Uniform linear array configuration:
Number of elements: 8
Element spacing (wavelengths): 0.25
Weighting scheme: uniform
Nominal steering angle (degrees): -60
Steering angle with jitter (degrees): -61.818
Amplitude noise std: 0.05
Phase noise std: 0.05

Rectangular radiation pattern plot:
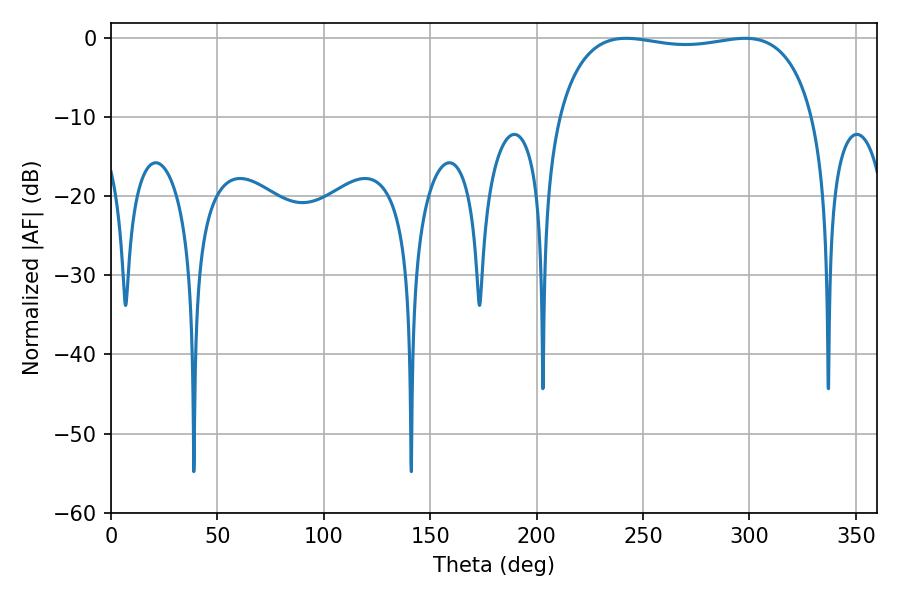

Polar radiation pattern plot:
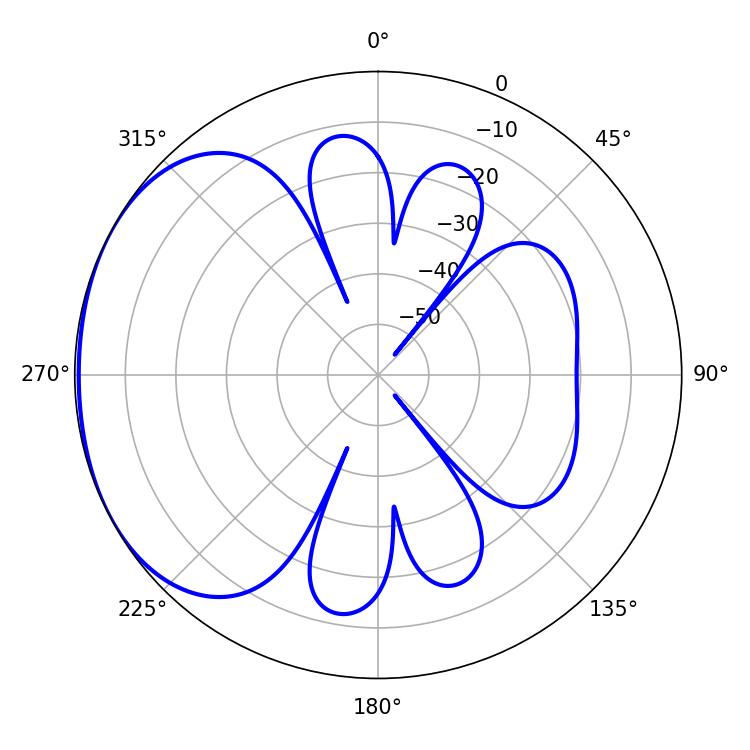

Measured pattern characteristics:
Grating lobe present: FALSE
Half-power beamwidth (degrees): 96.84
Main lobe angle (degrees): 242.1